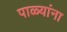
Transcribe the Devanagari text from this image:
पाळ्यांना